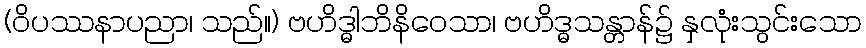
(ဝိပဿနာပညာ၊ သည်။) ဗဟိဒ္ဓါဘိနိဝေသာ၊ ဗဟိဒ္ဓသန္တာန်၌ နှလုံးသွင်းသော